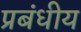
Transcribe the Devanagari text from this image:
प्रबंधीय